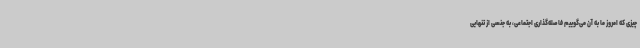
چیزی که امروز ما به آن می‌گوییم فاصله‌گذاری اجتماعی، به جنسی از تنهایی